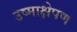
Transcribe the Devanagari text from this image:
उष्माक्षेपण